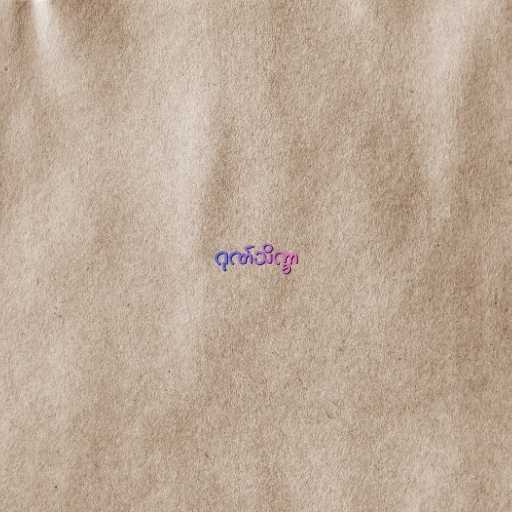
ဂုဏ်သိက္ခာ